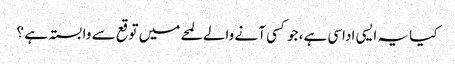
کیا یہ ایسی اداسی ہے، جو کسی آنے والے لمحے میں توقع سے وابستہ ہے ؟